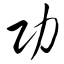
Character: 功